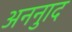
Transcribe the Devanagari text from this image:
अननुाद